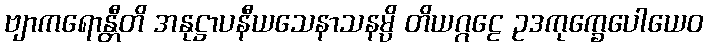
ဗျာကရောန္တီတိ အနုဋ္ဌာပနီယသေနာသနမ္ပိ တိယဂ္ဂဠေ ဥဒကုက္ခေပေါယေဝ